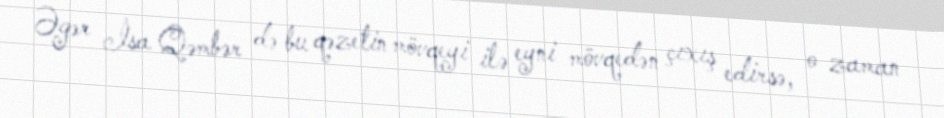
Əgər İsa Qəmbər də bu qəzetin mövqeyi ilə eyni mövqedən çıxış edirsə, o zaman